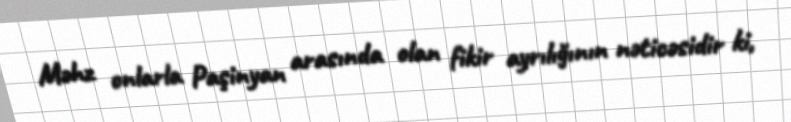
Məhz onlarla Paşinyan arasında olan fikir ayrılığının nəticəsidir ki,